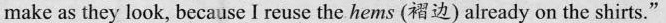
make as they look, because I reuse the he ms (褶边) already on the shirts."